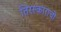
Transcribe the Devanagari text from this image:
तिरस्काराची